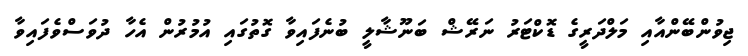
ޖިވުންބޭންއާއި މަލްދަރީގެ ޑޮކްޓަރު ނަރޭޝް ބަނޫޝާލީ ބުނެފައިވާ ގޮތުގައި އުމުރުން އެހާ ދުވަސްވެފައިވާ